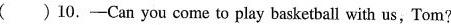
( )10.-Can you come to play basketball with us, Tom?